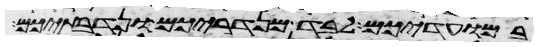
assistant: במועדיכם לבד מנדריכם ונדבתיכם